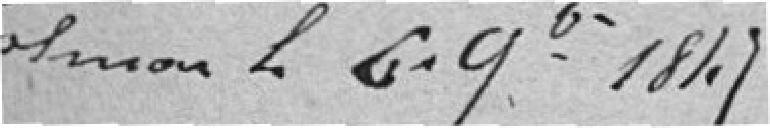
Colmar le 6 novembre 1847